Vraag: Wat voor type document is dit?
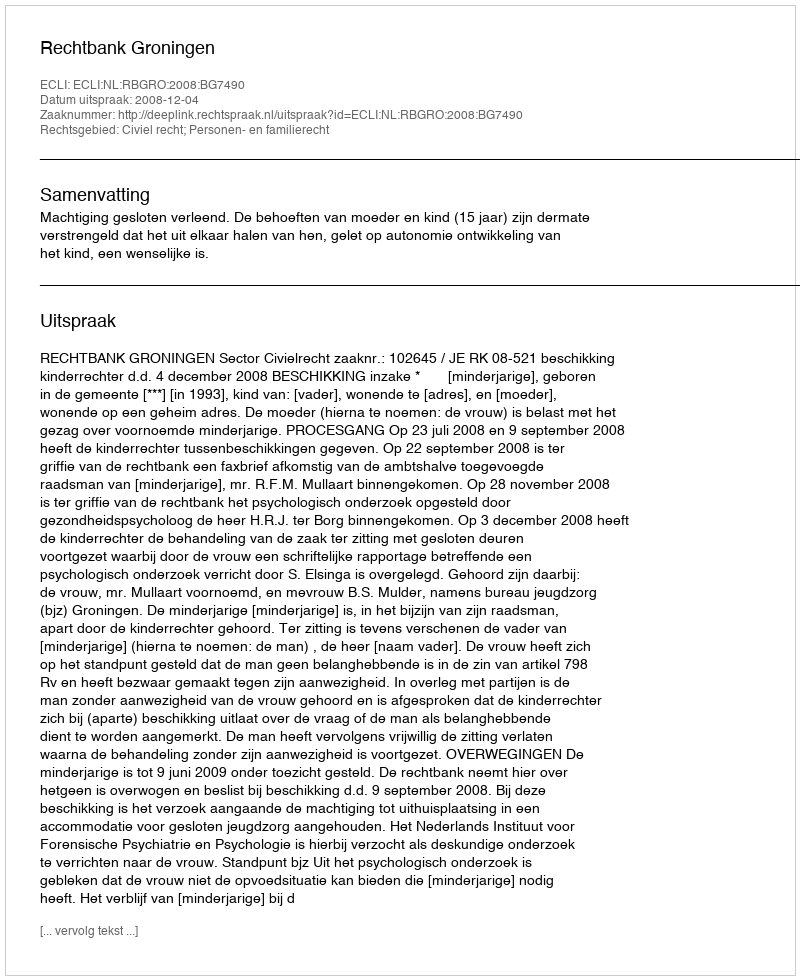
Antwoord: Uitspraak